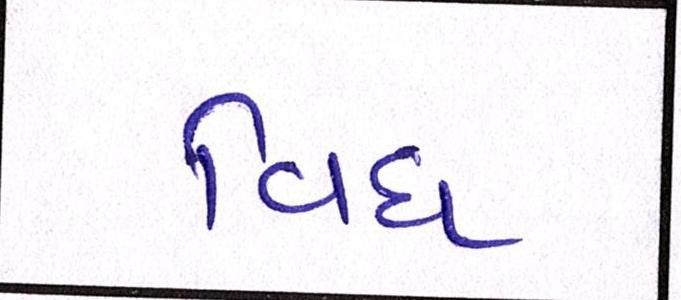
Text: વિધ